King Institute of Preventive Medicine Micro-Biological Section reports 1909-11
Year: 1909
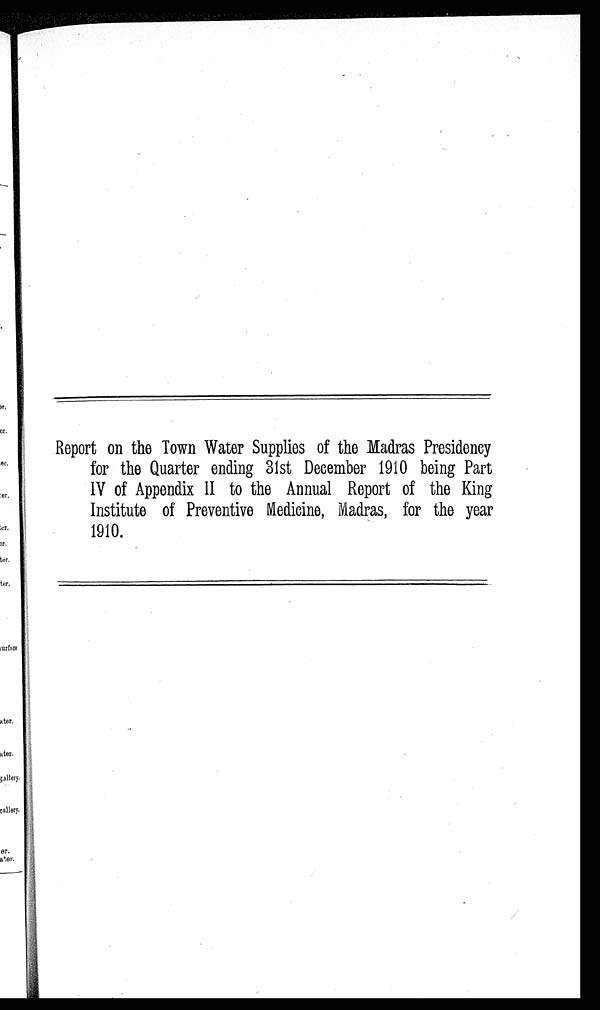
Report on the Town Water Supplies of the Madras Presidency
for the Quarter ending 31st December 1910 being Part
IV of Appendix II to the Annual Report of the King
Institute of Preventive Medicine, Madras, for the year
1910.